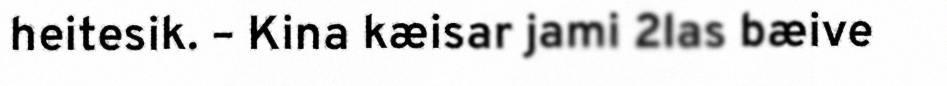
heitesik. – Kina kæisar jami 2las bæive